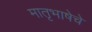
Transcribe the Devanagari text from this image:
मातृभाषेचे